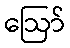
ဩော်